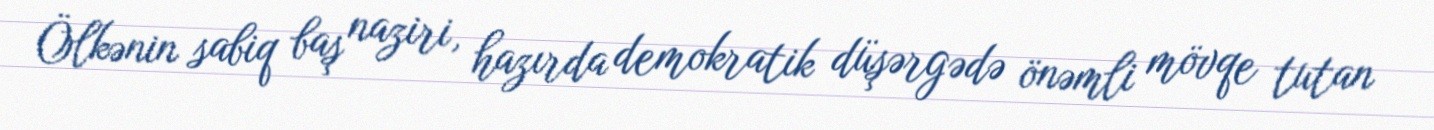
Ölkənin sabiq baş naziri, hazırda demokratik düşərgədə önəmli mövqe tutan